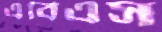
এবিএস